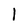
Character: 1